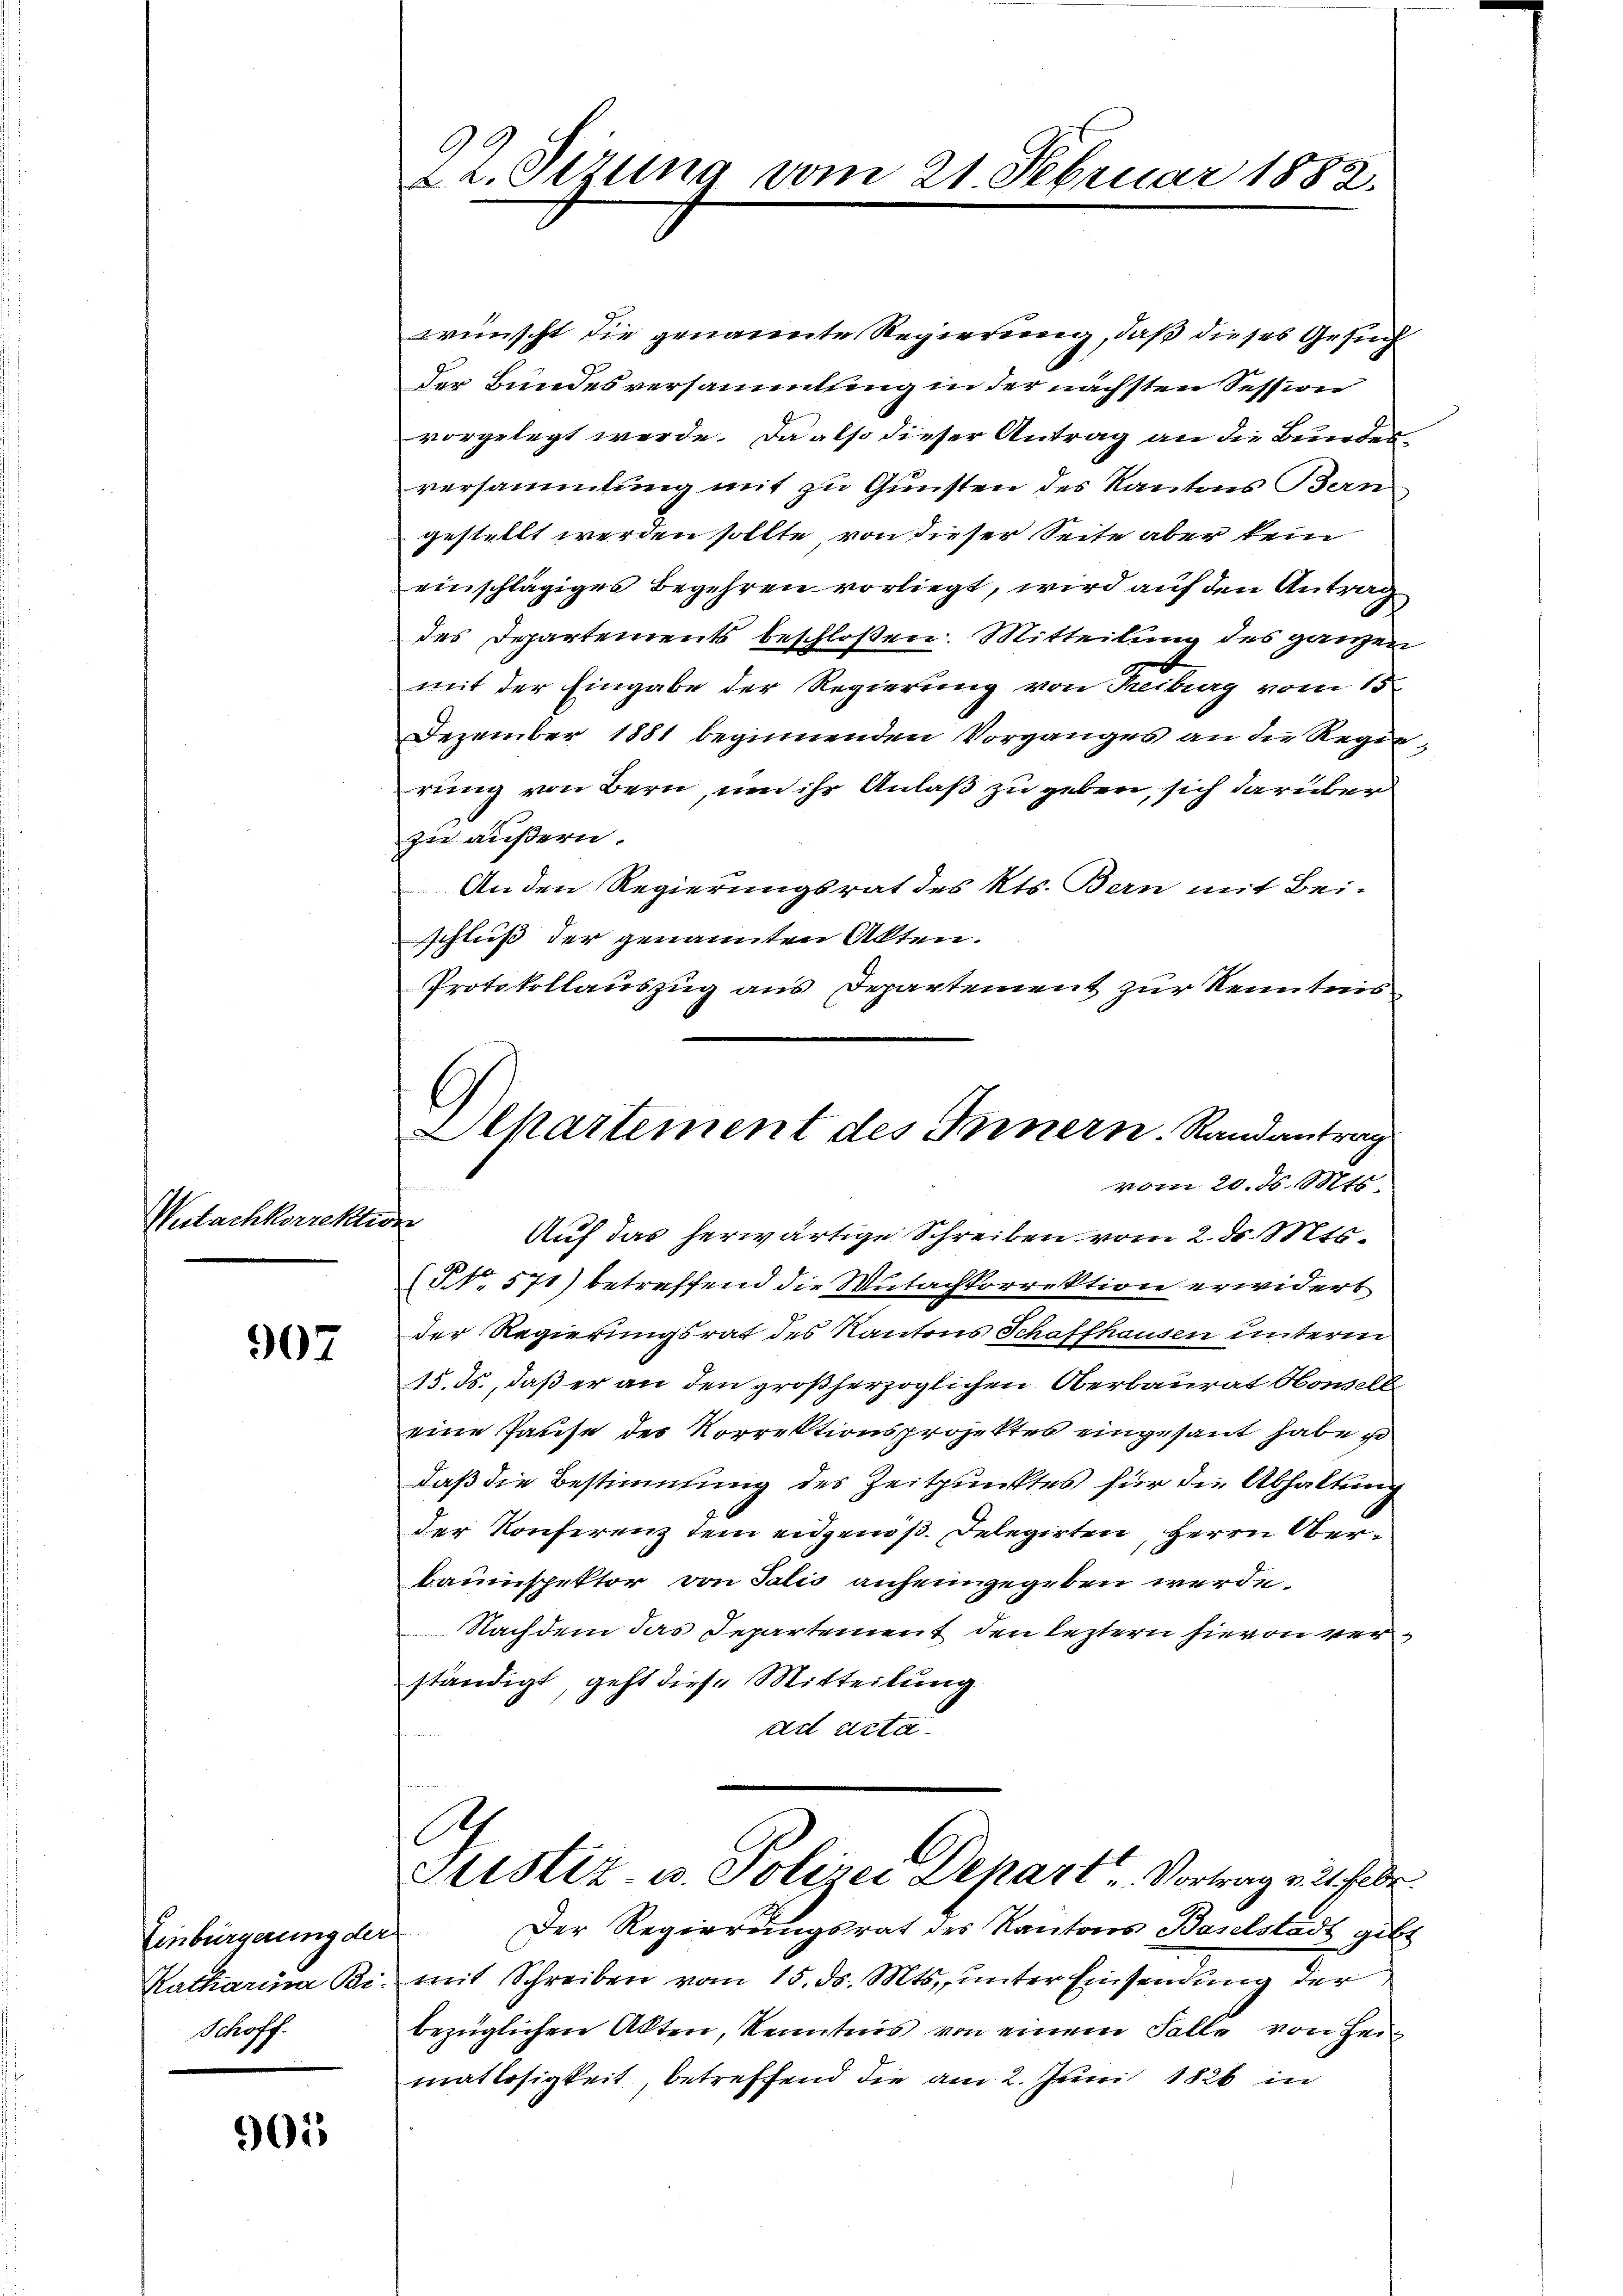
Nutachkorrekti

907

Einbürgerung der
Katharina Pi
Schoff

905

22. Jezung vom

wünscht die genannte Regierung, daß dieses Gesuch
der Bundesversammlung in der nächsten Session
vorgelegt werde. Da also dieser Antrag an die Bunden
versammlung mit zu Gunsten des Kantons Bern
gestellt werden sollte, von dieser Seite aber kein
einschlägiges Begehren vorliegt, wird auf den Antrag
des Departements beschloßen: Mitteilung des ganzen
mit der Eingabe der Regierung von Reiburg vom 15
Dezember 1881 beginnenden Vorganges an die Regie-
rung von Bern, um ihr Anlaß zu geben, sich darüber
zu äußern.
An den Regierungsrat des Kts. Bern mit Bei-
schluß der genannten Akten.
Protokollauszug aus Departement zur Kenntnis
NNo. 571) betreffend die Mutachkorrektion erwidert
der Regierungsrat des Kantons Schaffhausen unterm
15. ds., daß er an den großherzoglichen Oberbaurat Honselb
eine Pause des Korrektionsprojektes eingesant habe zu
daß die Bestimmung des Zeitpunktes für die Abhaltung
der Konferenz dem eidgenöß. Delegirten, Herrn Oberbauinspektor von Salis anheimgegeben werde.
Nachdem das Departement den leztern hievon verständigt, geht diese Mitteilung
ad acta.
C
Justiz- u. Polizei Depart Vortrag v. 21. Febr.
Der Regierungsrat des Kantons Baselstadt gibt
mit Schreiben vom 15. ds. Mts., unter Einsendung der
bezüglichen Akten, Kenntnis von einem Falle von Heimatlosigkeit, betreffend die am 2. Juni 1826 in

21. Februar 1882.

Aepartement des Innern. Randantrag
vom 20. d. Mts.
ofe
Auf das herwärtige Schreiben vom 2. d. Mts.